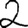
Digit: 2